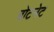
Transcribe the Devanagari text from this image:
बोटनेट